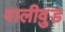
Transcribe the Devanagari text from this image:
वालीवुड